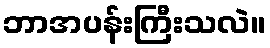
ဘာအပန်းကြီးသလဲ။